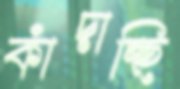
কাঁদাচ্ছি